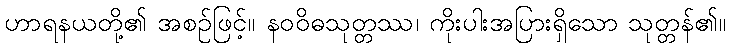
ဟာရနယတို့၏ အစဉ်ဖြင့်။ နဝဝိဓသုတ္တဿ၊ ကိုးပါးအပြားရှိသော သုတ္တန်၏။